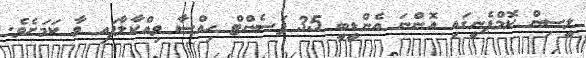
ލީސިން ކޮމްޕެނީގައި އޮންނަ އެންޑީބީ 35 ޕަސެންޓް ހިއްސާ ވިއްކާލާފައި ވާ ކަމަށެވެ.